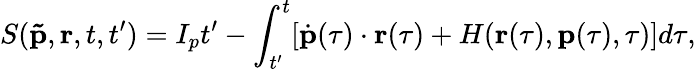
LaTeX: S(\mathbf{\tilde{p}},\mathbf{r},t,t^{\prime})=I_{p}t^{\prime}-\int_{t^{\prime}}^{t}[\dot{\mathbf{p}}(\tau)\cdot\mathbf{r}(\tau)+H(\mathbf{r}(\tau),\mathbf{p}(\tau),\tau)]d\tau,